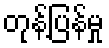
တုန့်ပြန်မှု